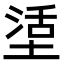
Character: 𡎒